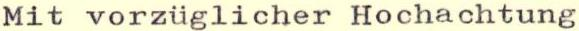
Mit vorzüglicher Hochachtung